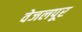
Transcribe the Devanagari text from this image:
वेजलपूर